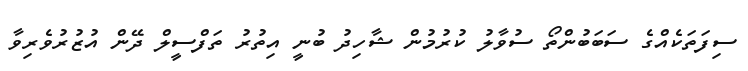
ސިފަތަކެއްގެ ސަބަބުންތޯ ސުވާލު ކުރުމުން ޝާހިދު ބުނީ އިތުރު ތަފްސީލް ދޭން އުޒުރުވެރިވާ